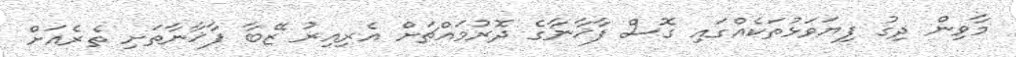
މާވިން ދިގު ފިޔަވަޅުތަކެއްގައި ގޮސް ފާޚާނާގެ ދޮރުމައްޗަށް އެރިއިރު ޒޭބާ ފާޚާނާތަށި ތެރެއަށް